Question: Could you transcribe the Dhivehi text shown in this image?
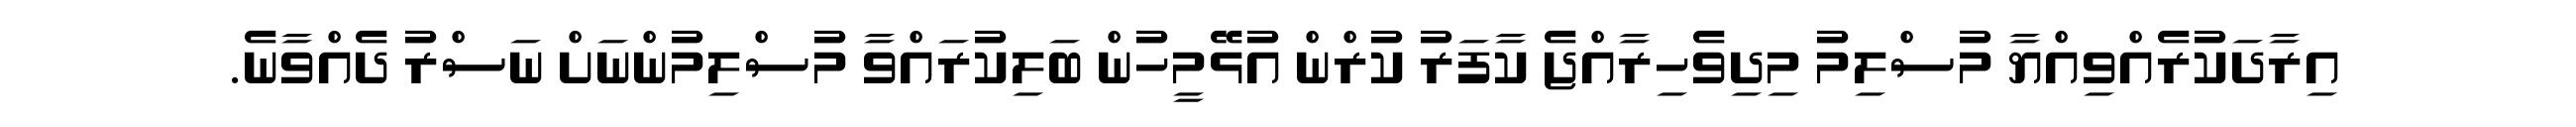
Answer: އިރާދަކުރެއްވިއްޔާ މުސްލިމު މިދިވެހިރާއްޖެ ކާފަރު ކުރްން އުޅޭމީހުން ބަލިކުރައްވާ މުސްލިމުންނަށް ނަސްރު ދެއްވާނެ.